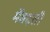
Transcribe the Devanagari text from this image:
मेंबढ़ती